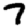
Digit: 7